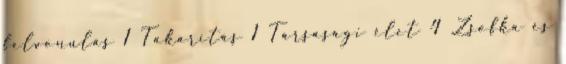
felvonulás 1 Takarítás 1 Társasági élet 4 Zsofka és